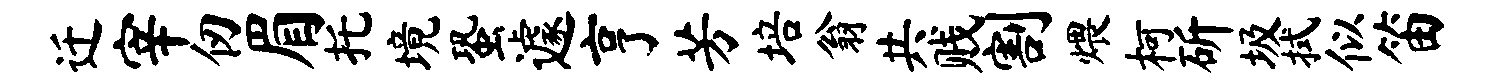
迁宰仞眉托境蛩遽亨芳培翁共贱割煨柯斫圾拭似笛